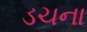
ડચના